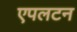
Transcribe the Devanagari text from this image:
एपलटन